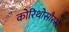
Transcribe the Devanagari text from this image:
कोरिथोसौरस